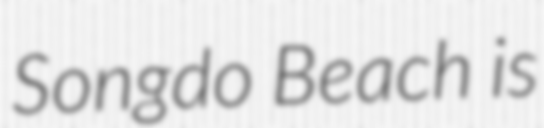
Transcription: Songdo Beach is